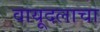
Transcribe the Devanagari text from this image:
वायूदलाचा